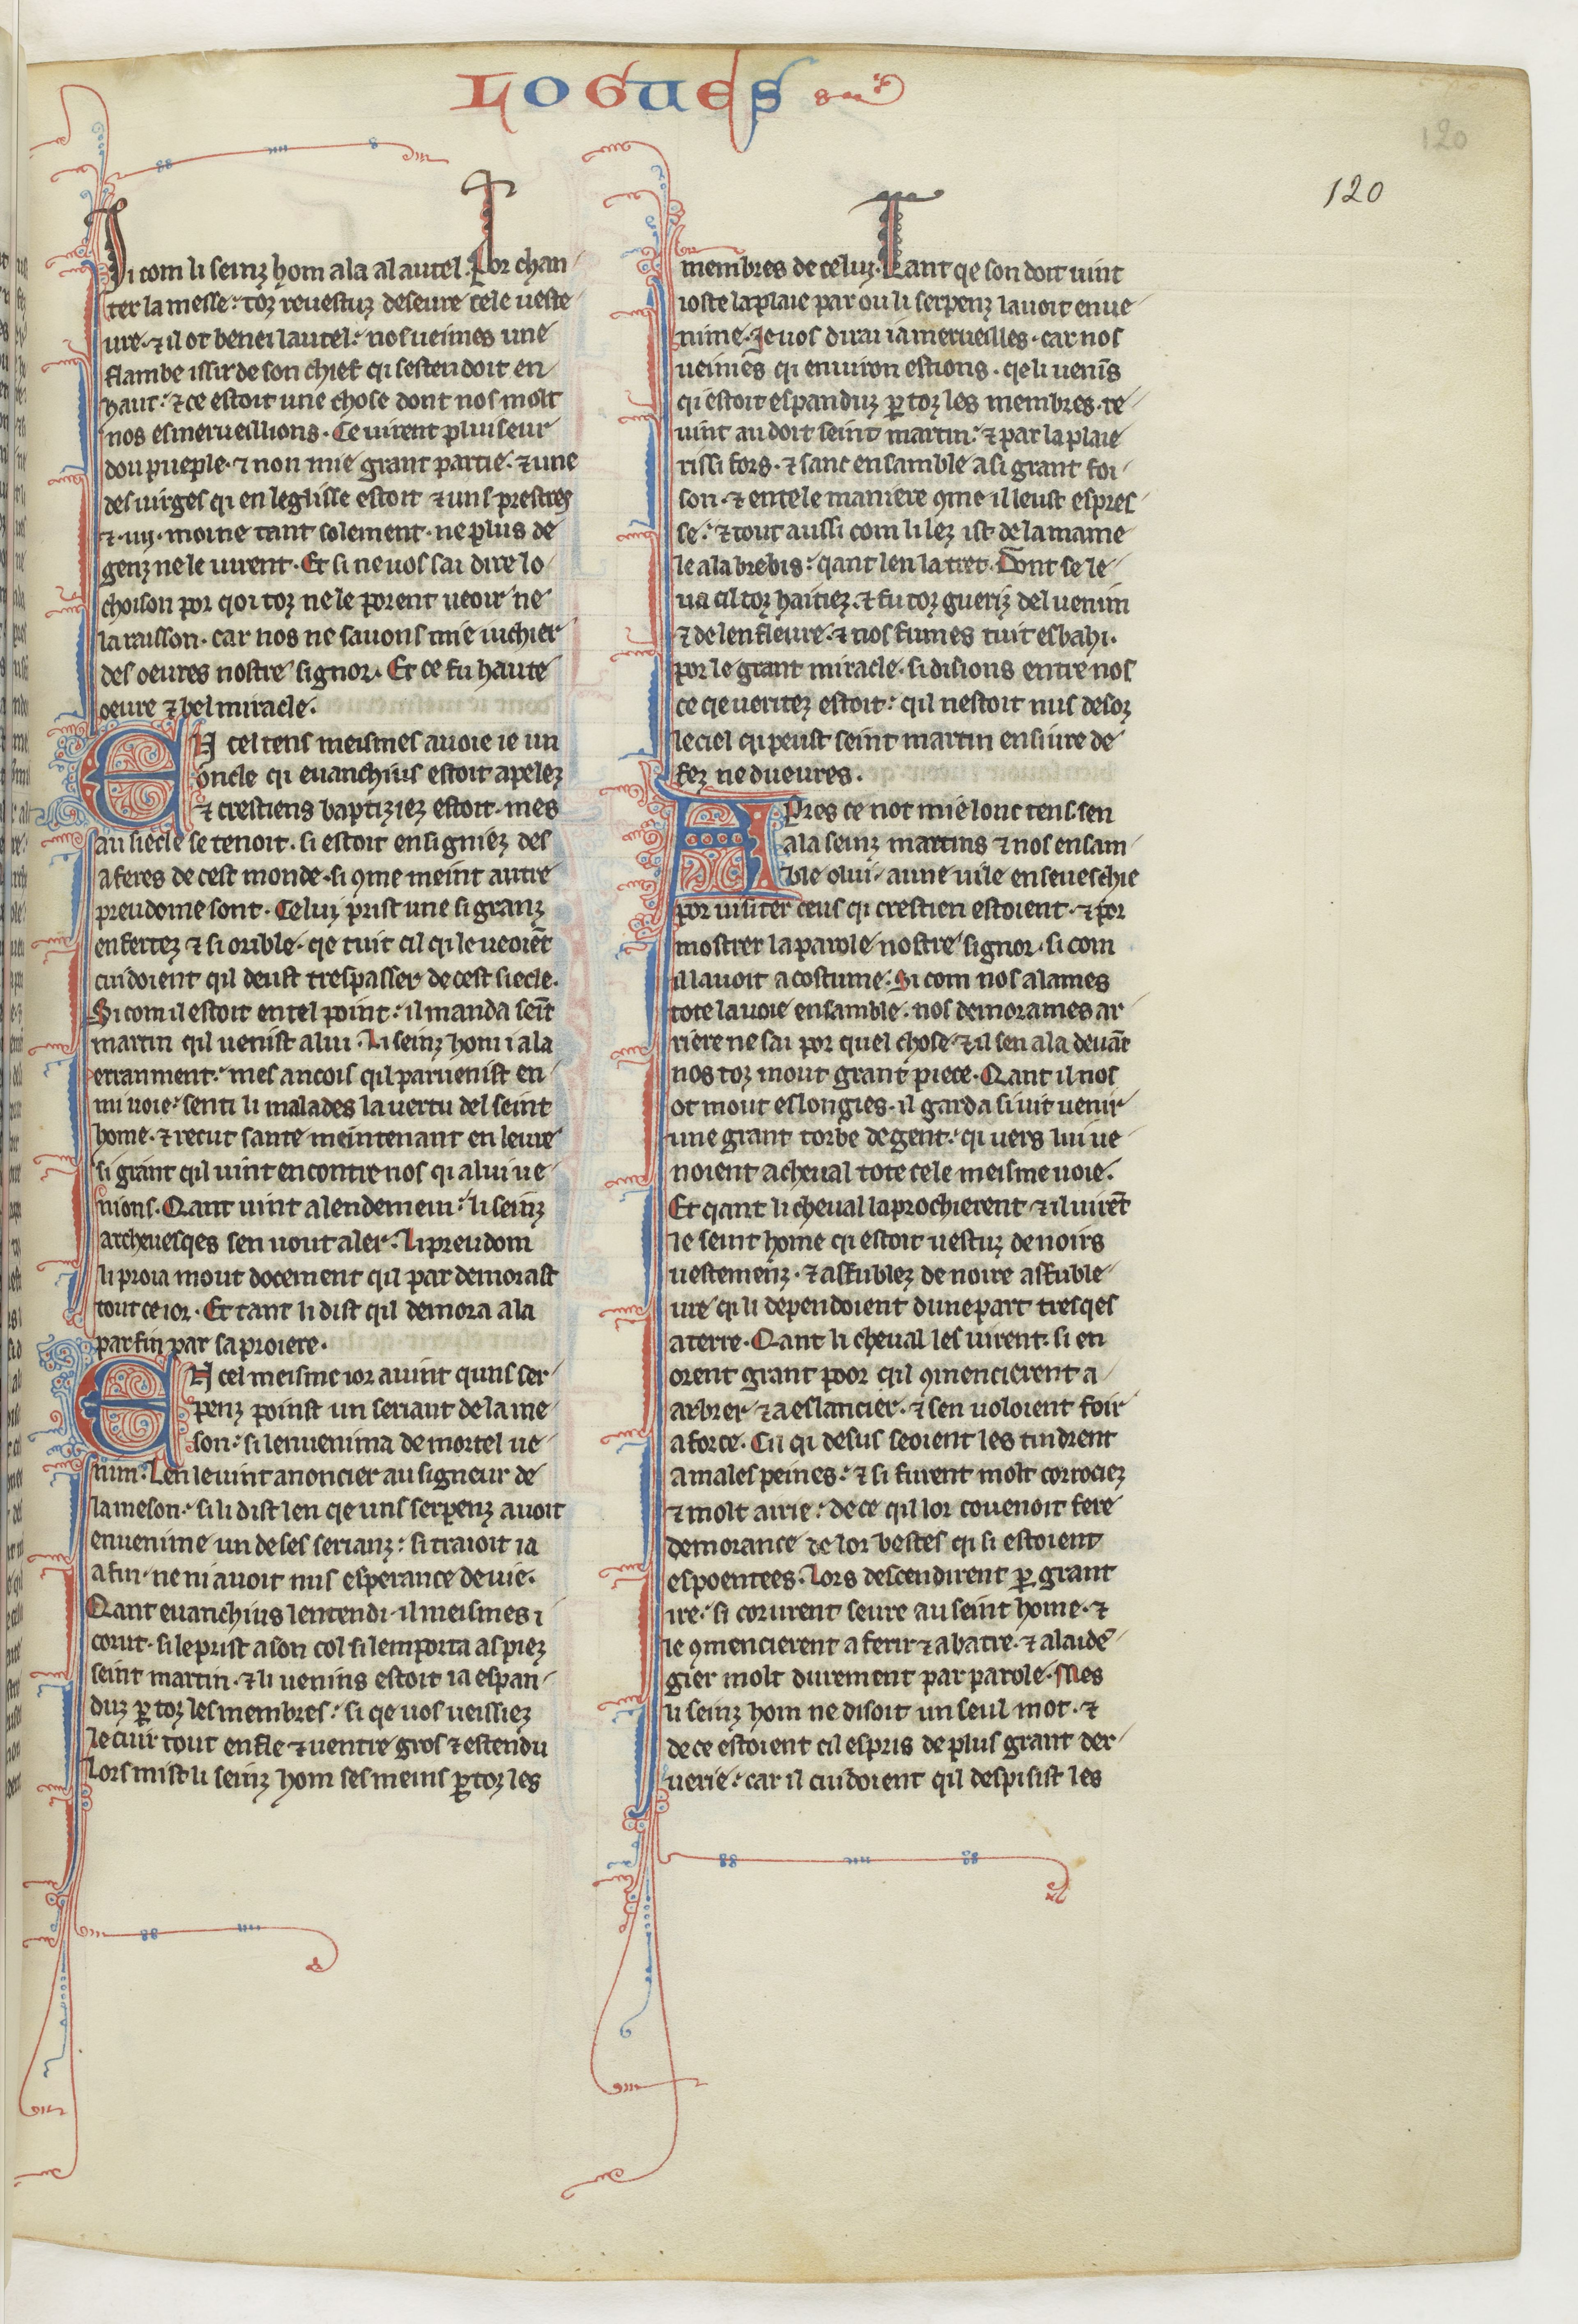
Shelfmark: Paris, BnF, fr. 412
Century: 13